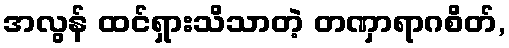
အလွန် ထင်ရှားသိသာတဲ့ တဏှာရာဂစိတ်,